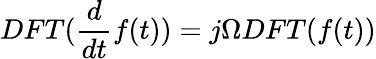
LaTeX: DFT(\frac{d}{dt}f(t))=j\Omega DFT(f(t))